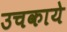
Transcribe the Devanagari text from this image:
उचकाये